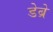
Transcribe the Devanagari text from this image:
डेब्रे